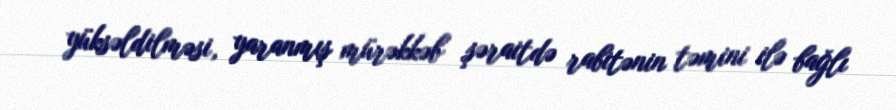
yüksəldilməsi, yaranmış mürəkkəb şəraitdə rabitənin təmini ilə bağlı